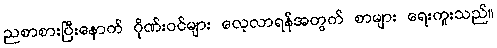
ညစာစားပြီးနောက် ဂိုဏ်းဝင်များ လေ့လာရန်အတွက် စာများ ရေးကူးသည်။